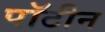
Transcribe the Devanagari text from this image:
पॉटीन